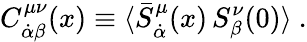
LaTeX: C_{\dot{\alpha}\beta}^{\mu\nu}(x)\equiv\langle\bar{S}_{\dot{\alpha}}^{\mu}(x)\, S_{\beta}^{\nu}(0)\rangle\ .